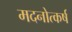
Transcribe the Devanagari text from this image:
मदनोत्कर्ष